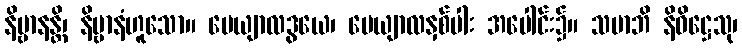
နိဗ္ဗာနန္တိ၊ နိဗ္ဗာနံဟူသော။ ပေယျာလဒွယေ၊ ပေယျာလနှစ်ပါး အပေါင်း၌။ သမာဘိ နိဝိဋ္ဌေသု၊